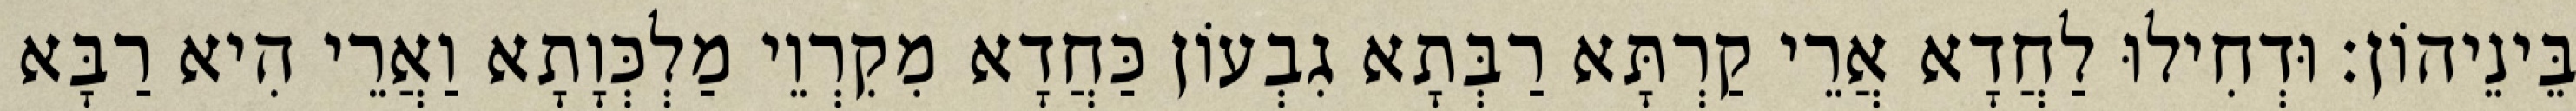
בֵּינֵיהוֹן׃ וּדְחִילוּ לַחֲדָא אֲרֵי קַרְתָּא רַבְּתָא גִבְעוֹן כַּחֲדָא מִקִרְוֵי מַלְכְּוָתָא וַאֲרֵי הִיא רַבָּא